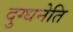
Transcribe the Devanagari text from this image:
दुग्धनेति